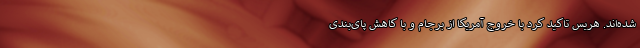
شده‌اند. هریس تاکید کرد با خروج آمریکا از برجام و با کاهش پای‌بندی